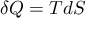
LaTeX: \delta Q = T d S